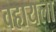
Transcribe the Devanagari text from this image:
वहायला